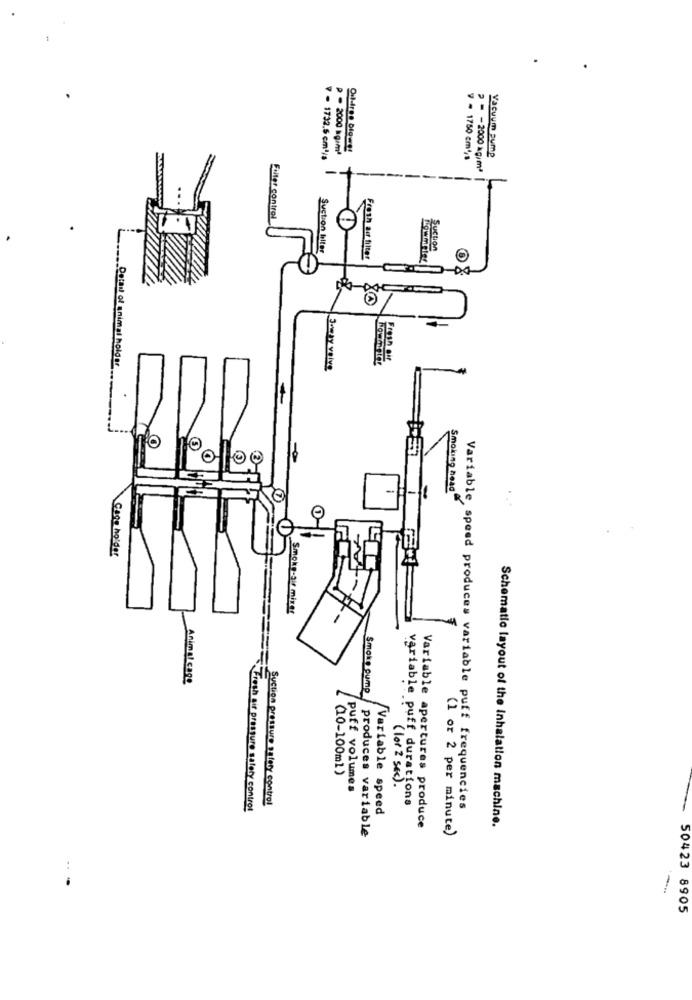
p=2000914
Vacuum pump
v - 1732.5 cm1/s
v . 1750 cm4,8
-
> -- 2000 kg/mª
Filter control
Suction helter
Suction
Fresh air filter
O
=
Fresh off
Detail of animal holder
Beway voive
HO
Smoking head
Caos holder
Smoke-gir mixer
Animal cage
Smoke cump
(10-100ml)
( lor 2 sec ) .
puff volumes
Suction pressure on lety control
variable puff durations
Fresh air pressure safety control
Variable speed
Variable speed produces variable puff frequencies
Variable apertures produce
(1 or 2 per minute)
Schematic layout of the Inhalation machine.
produces variable
50423 8905